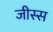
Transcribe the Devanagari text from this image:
जीस्स